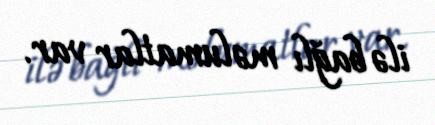
ilə bağlı məlumatlar var.